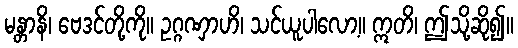
မန္တာနိ၊ ဗေဒင်တို့ကို။ ဥဂ္ဂဏှာဟိ၊ သင်ယူပါလော့။ ဣတိ၊ ဤသို့ဆို၍။